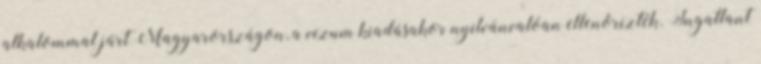
alkalommal járt Magyarországon, a vízum kiadásakor nyilvánvalóan ellenőrizték. Ingatlant